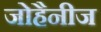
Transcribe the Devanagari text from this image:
जोहैनीज